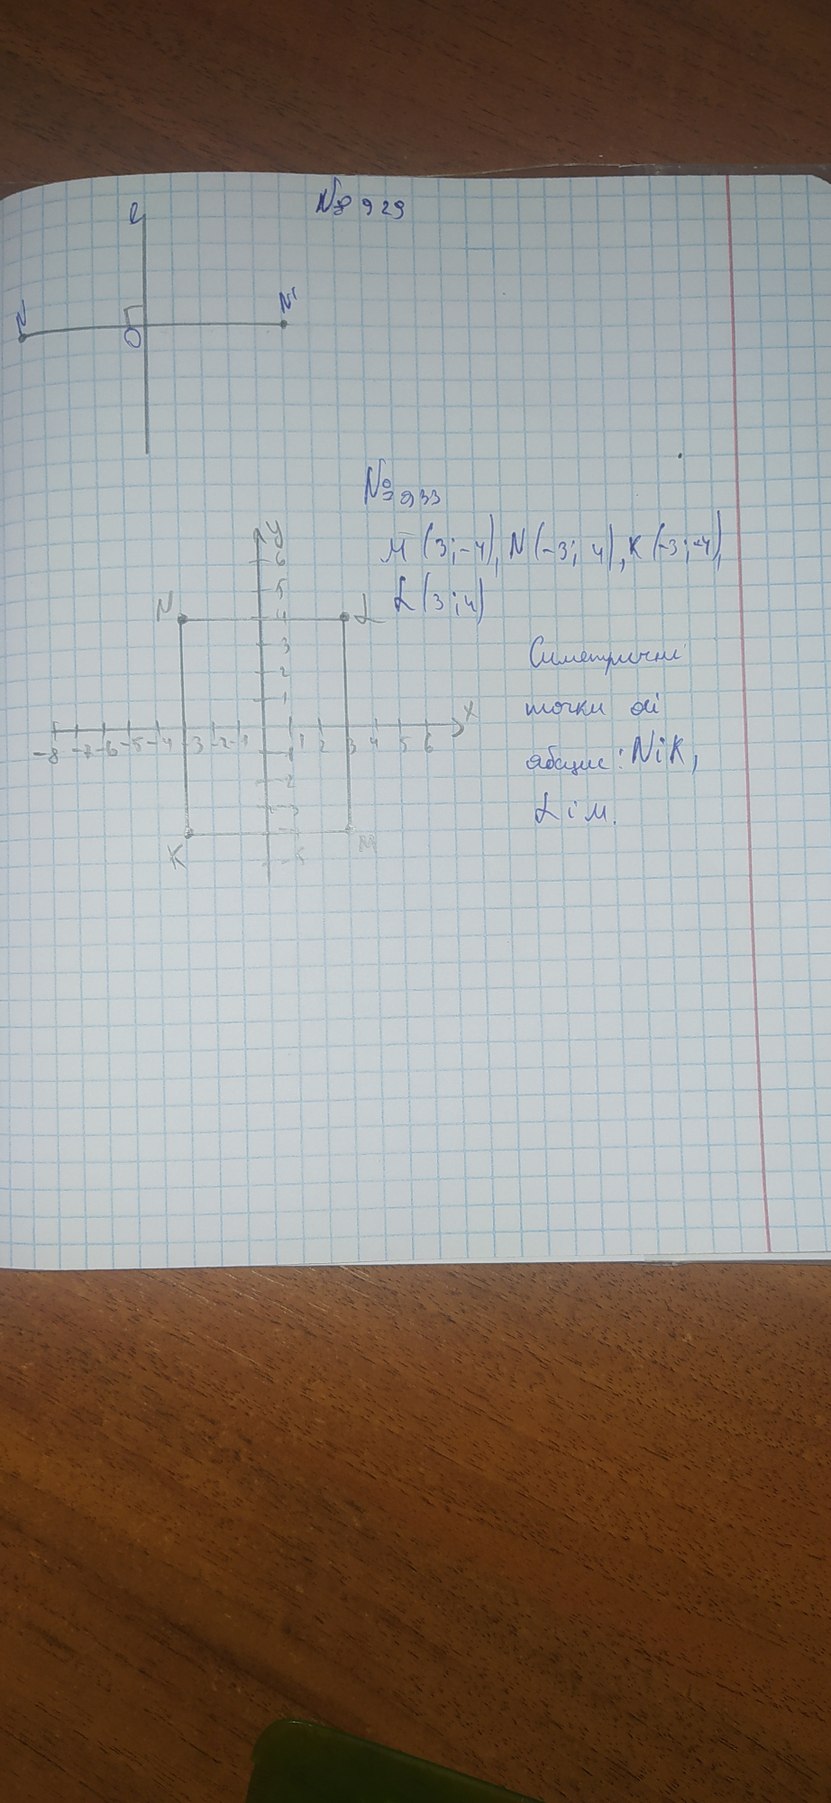
№ 929
№ 933
M(3;-4), N(-3; 4), K(-3;-4)
L (3;4)
Симетричні
точки ой
абцис: Nik,
L i'm